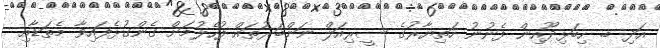
އަދި ބ. ހިބަޅިދޫއިން ފެނުނު ހަތިޔާރުގެ ސީރިއަލް ނަންބަރުތައް ފުހެލުމަށް ގެންގުޅެފައިވާ މެތަޑާއި